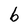
Character: b